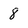
Character: 8